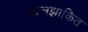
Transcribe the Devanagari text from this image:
ढालझाकित